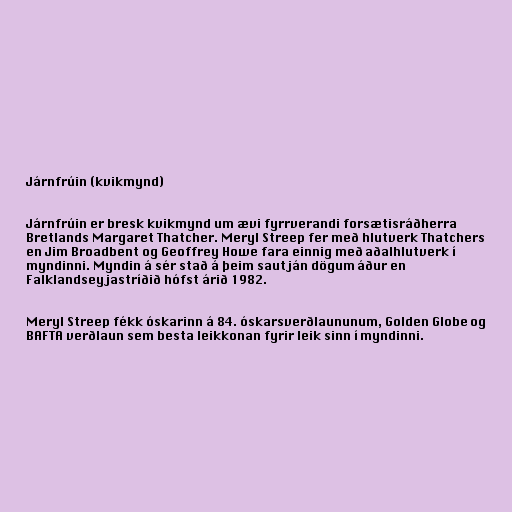
Járnfrúin (kvikmynd)

Járnfrúin er bresk kvikmynd um ævi fyrrverandi forsætisráðherra
Bretlands Margaret Thatcher. Meryl Streep fer með hlutverk Thatchers
en Jim Broadbent og Geoffrey Howe fara einnig með aðalhlutverk í
myndinni. Myndin á sér stað á þeim sautján dögum áður en
Falklandseyjastríðið hófst árið 1982.

Meryl Streep fékk óskarinn á 84. óskarsverðlaununum, Golden Globe og
BAFTA verðlaun sem besta leikkonan fyrir leik sinn í myndinni.